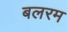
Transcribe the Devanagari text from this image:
बलरम